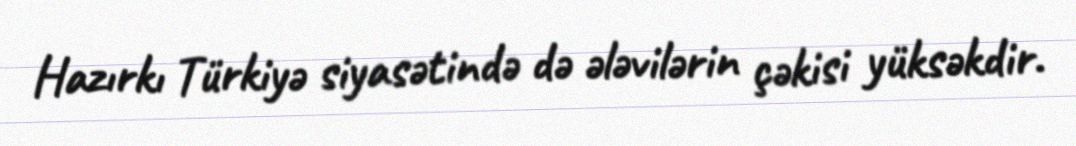
Hazırkı Türkiyə siyasətində də ələvilərin çəkisi yüksəkdir.